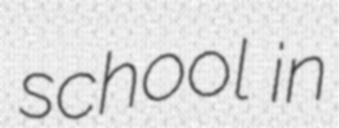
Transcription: school in